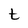
Character: t